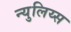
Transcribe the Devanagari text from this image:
न्युलिय्स